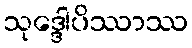
သုဒ္ဒေါပိဿာဿ